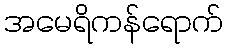
အမေရိကန်ရောက်